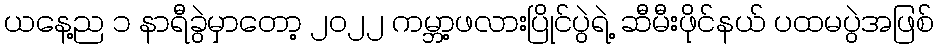
ယနေ့ည ၁ နာရီခွဲမှာတော့ ၂၀၂၂ ကမ္ဘာ့ဖလားပြိုင်ပွဲရဲ့ ဆီမီးဖိုင်နယ် ပထမပွဲအဖြစ်